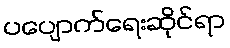
ပပျောက်ရေးဆိုင်ရာ